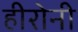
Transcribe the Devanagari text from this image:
हीरोनी